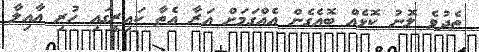
ތެދުވެ ލޮނު ކޮޅެއް ބޮއެގެން އެއްގަމަށް އަރާ އެތާ ކައިރީގައި ހުރި އާއިލާ